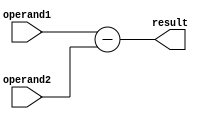
module Subtractor(
    input [7:0] operand1,
    input [7:0] operand2,
    output [7:0] result
);

assign result = operand1 - operand2;

endmodule